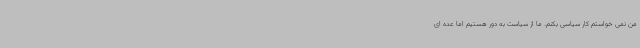
من نمی خواستم کار سیاسی بکنم. ما از سیاست به دور هستیم اما عده ای